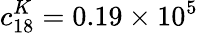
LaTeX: c_{18}^{K}=0.19\times 10^{5}